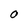
Character: 0